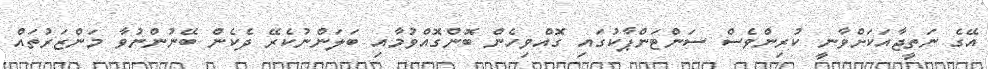
އޭގެ ނަތީޖާއަކަށްވާނީ ކުރިންވެސް ސަންޓަންޕާކުގައި ގޮއްވިހެން ބޮންގޮއްވުމާއި ބަލަންނުކެރޭ ދެކެން ބޭނުންނުވާ މަންޒަރުތައް